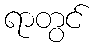
ရာတွင်